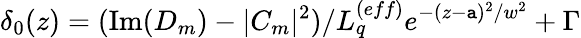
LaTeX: \delta_{0}(z)=(\operatorname{Im}(D_{m})-|C_{m}|^{2})/L_{q}^{(eff)}e^{-(z-\mathtt{a})^{2}/w^{2}}+\Gamma